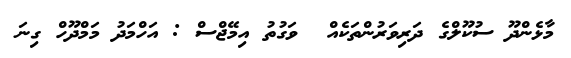
މާޅެންދޫ ސުކޫލްގެ ދަރިވަރުންތަކެއް  ވަގުތު އިމޭޖްސް : އަހްމަދު މަމްދޫހް ގިނަ